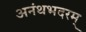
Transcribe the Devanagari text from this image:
अनंथभदरम्